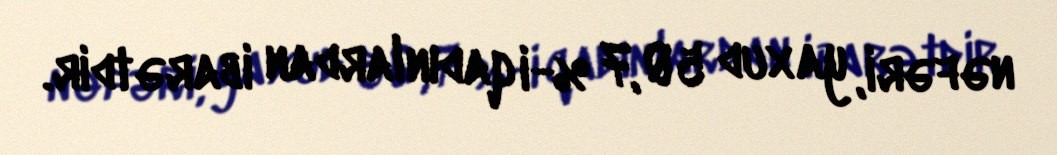
nəfəri, yaxud 50,7 %-i qadınlardan ibarətdir.